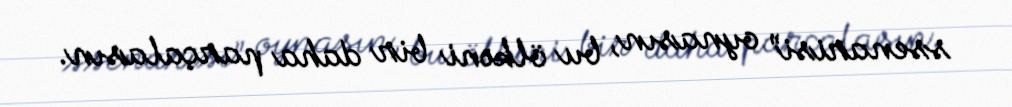
ssenarisi” oynasın, bu ölkəni bir daha parçalasın.